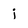
Character: j